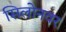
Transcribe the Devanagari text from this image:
सिलोनवर